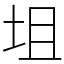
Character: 坥